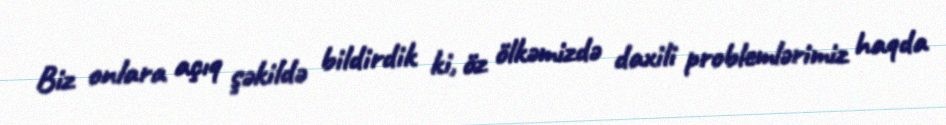
Biz onlara açıq şəkildə bildirdik ki, öz ölkəmizdə daxili problemlərimiz haqda